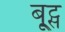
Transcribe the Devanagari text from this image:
बू्ट्स